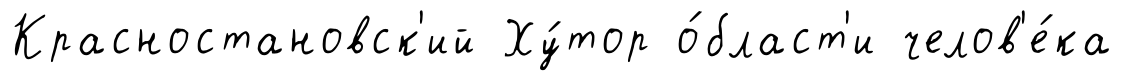
Красностановск'ий Ху́тор о́бласт'и челов'е́ка